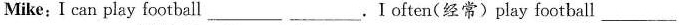
Mike: I can play football____ ____.Ioften(经常)play football _____